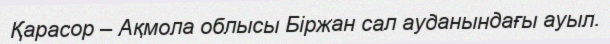
Қарасор – Ақмола облысы Біржан сал ауданындағы ауыл.